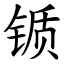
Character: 锧